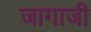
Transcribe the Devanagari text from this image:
जागाजी